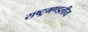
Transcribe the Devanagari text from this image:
राष्‍ट्रमण्‍डलीय